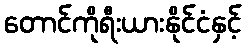
တောင်ကိုရီးယားနိုင်ငံနှင့်